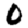
Digit: 0